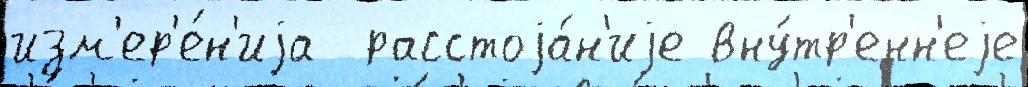
изм'ер'е́н'иjа  расстоjа́н'иjе вну́тр'енн'еjе